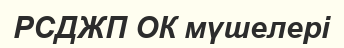
РСДЖП ОК мүшелері